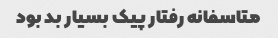
متاسفانه رفتار پیک بسیار بد بود